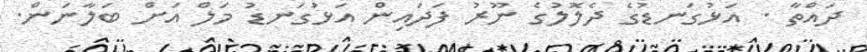
ދައްތާ . އަޅުގަނޑުގެ ދެލޮލުގެ ނޫރު ފަދައިން އަޅުގަނޑު މަލް އަށް ބަލާނަން.